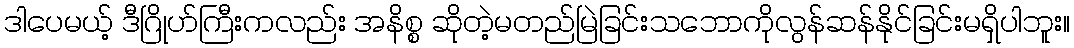
ဒါပေမယ့် ဒီဂြိုဟ်ကြီးကလည်း အနိစ္စ ဆိုတဲ့မတည်မြဲခြင်းသဘောကိုလွန်ဆန်နိုင်ခြင်းမရှိပါဘူး။